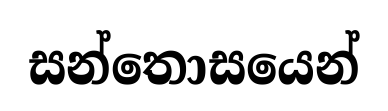
සන්තොසයෙන්